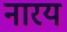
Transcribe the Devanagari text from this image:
नारय